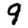
Digit: 9